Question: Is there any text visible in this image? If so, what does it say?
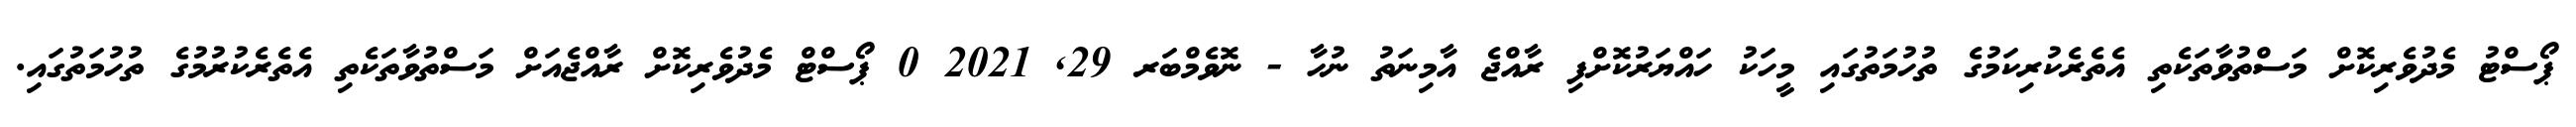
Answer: ޕޯސްޓު މެދުވެރިކޮށް މަސްތުވާތަކެތި އެތެރެކުރިކަމުގެ ތުހުމަތުގައި މީހަކު ހައްޔަރުކޮށްފި ރާއްޖެ އާމިނަތު ނުހާ - ނޮވެމްބަރ 29, 2021 0 ޕޯސްޓް މެދުވެރިކޮށް ރާއްޖެއަށް މަސްތުވާތަކެތި އެތެރެކުރުމުގެ ތުހުމަތުގައި.